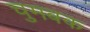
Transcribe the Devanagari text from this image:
चुमबक